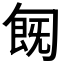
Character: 𠣹